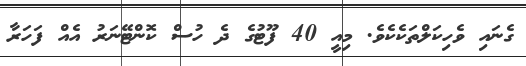
ގެނައި ވެހިކަލްތަކެކެވެ. މިއީ 40 ފޫޓުގެ ދެ ހުސް ކޮންޓޭނަރު އެއް ފަހަރާ